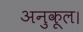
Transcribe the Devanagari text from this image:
अनुकूल।